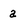
Character: a